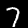
Digit: 7